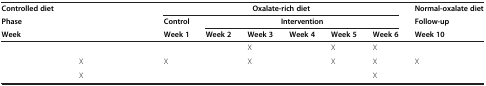
<table><thead><tr><td><b>Controlled diet</b></td><td>[EMPTY_CELL]</td><td colspan="6"><b>Oxalate-rich diet</b></td><td><b>Normal-oxalate diet</b></td></tr><tr><td><b>Phase</b></td><td>[EMPTY_CELL]</td><td><b>Control</b></td><td colspan="5"><b>Intervention</b></td><td><b>Follow-up</b></td></tr><tr><td><b>Week</b></td><td>[EMPTY_CELL]</td><td><b>Week 1</b></td><td><b>Week 2</b></td><td><b>Week 3</b></td><td><b>Week 4</b></td><td><b>Week 5</b></td><td><b>Week 6</b></td><td><b>Week 10</b></td></tr></thead><tbody><tr><td>[EMPTY_CELL]</td><td>[EMPTY_CELL]</td><td>[EMPTY_CELL]</td><td>[EMPTY_CELL]</td><td>X</td><td>[EMPTY_CELL]</td><td>X</td><td>X</td><td>[EMPTY_CELL]</td></tr><tr><td>[EMPTY_CELL]</td><td>X</td><td>X</td><td>[EMPTY_CELL]</td><td>X</td><td>[EMPTY_CELL]</td><td>X</td><td>X</td><td>X</td></tr><tr><td>[EMPTY_CELL]</td><td>X</td><td>[EMPTY_CELL]</td><td>[EMPTY_CELL]</td><td>[EMPTY_CELL]</td><td>[EMPTY_CELL]</td><td>[EMPTY_CELL]</td><td>X</td><td>[EMPTY_CELL]</td></tr></tbody></table>